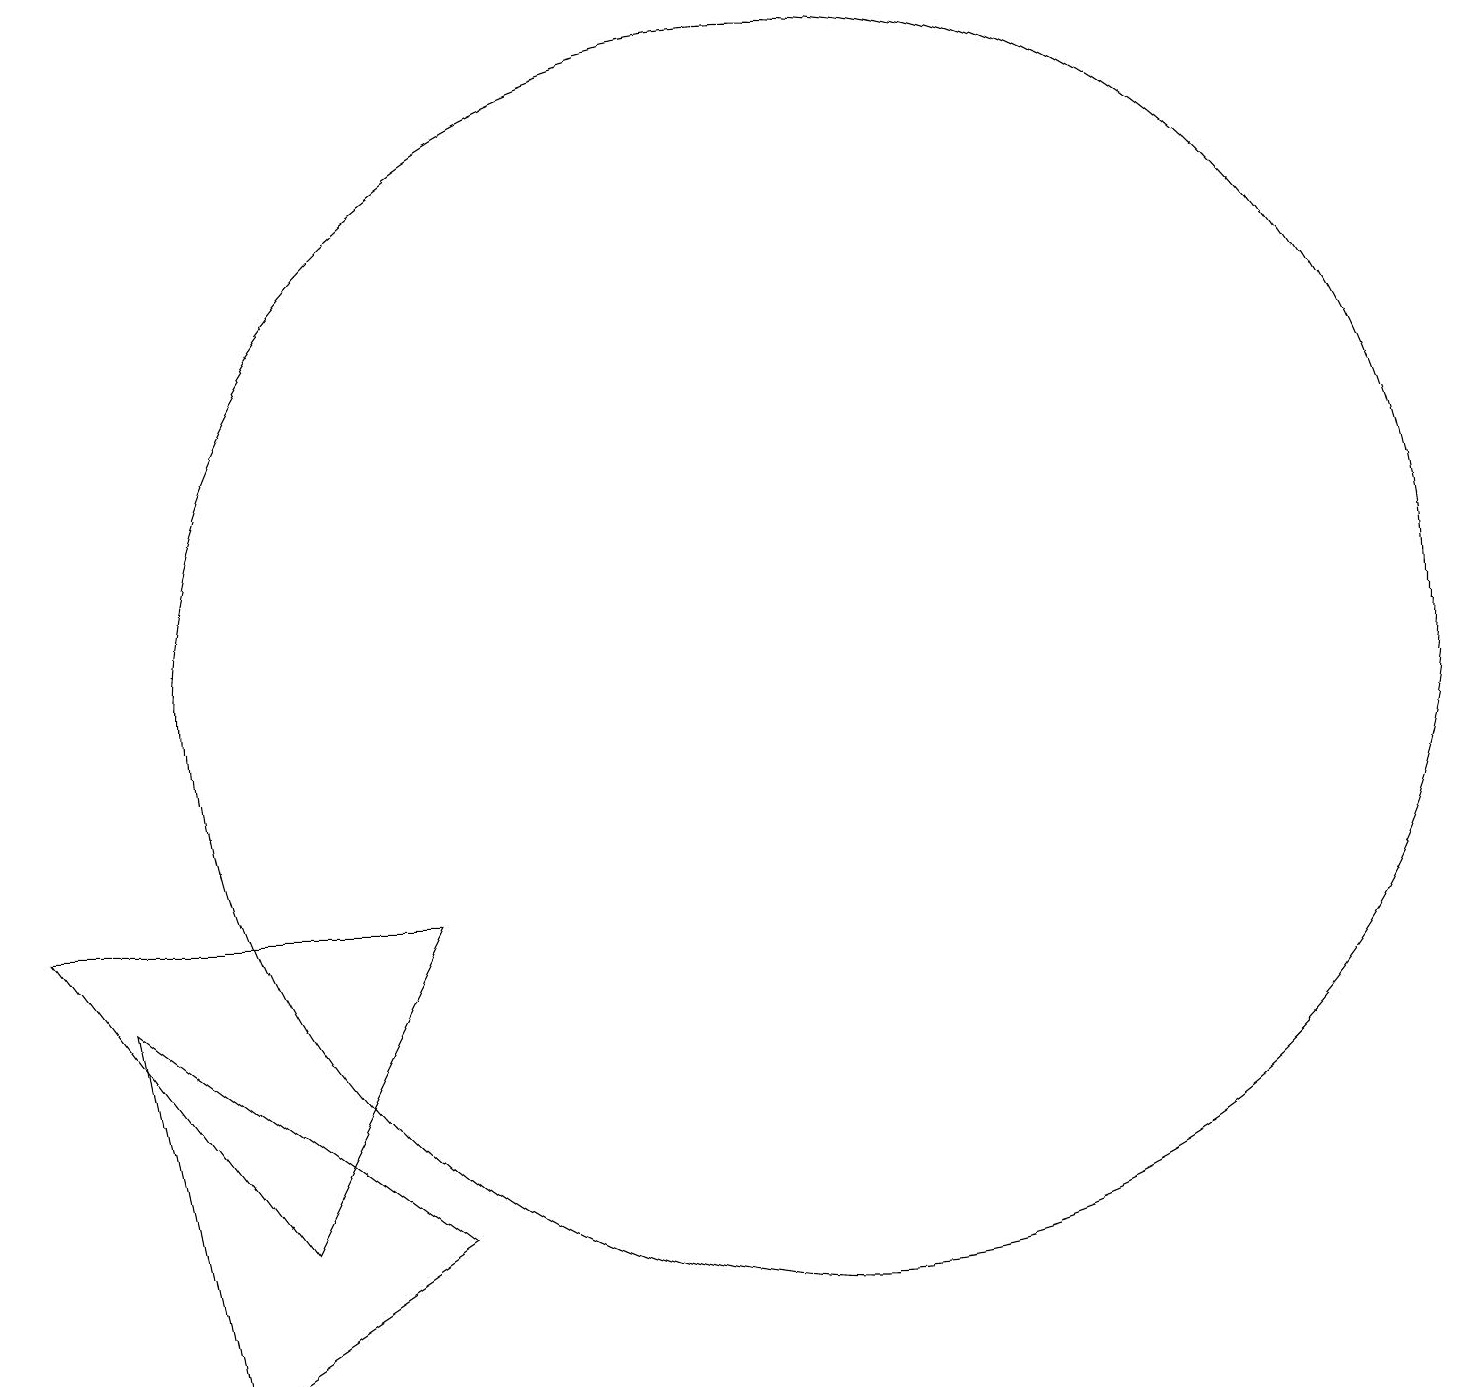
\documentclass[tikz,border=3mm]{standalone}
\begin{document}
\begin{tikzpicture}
\draw (12,10) circle (8);
\draw (3,6) -- (4,1) -- (7,3) -- cycle;
\draw (5,3) -- (2,7) -- (7,7) -- cycle;
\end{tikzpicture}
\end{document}